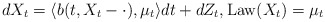
\begin{align*} dX_t=\langle b(t,X_t-\cdot),\mu_t\rangle dt+dZ_t,\operatorname{Law}(X_t)=\mu_t\end{align*}